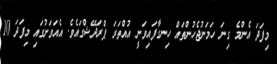
މިފަދަ އެންމެ ގިނަ ހަމަނުޖެހުންތައް ހިނގާފައިވަނީ އުއްތަރަ ޕްރަދޭޝްގައެވެ. އެއަވަށުގައި މިފަދަ 10